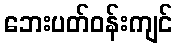
ဘေးပတ်ဝန်းကျင်